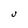
Character: J